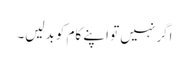
اگر نہیں تو اپنے کام کو بدلیں۔